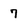
Character: 7